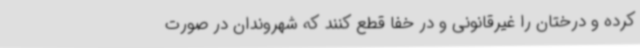
کرده و درختان را غیرقانونی و در خفا قطع کنند که شهروندان در صورت